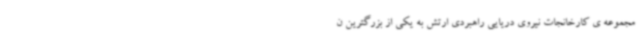
مجموعه ی کارخانجات نیروی دریایی راهبردی ارتش به یکی از بزرگترین ن